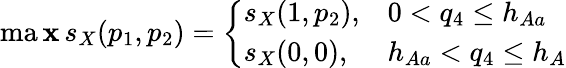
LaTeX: \operatorname*{ma\mathbf{x}}s_{X}(p_{1},p_{2})=\left\{ \begin{array}{ll}{s_{X}(1,p_{2}),}&{0<q_{4}\leq h_{Aa}}\\ {s_{X}(0,0),}&{h_{Aa}<q_{4}\leq h_{A}}\end{array}\right.